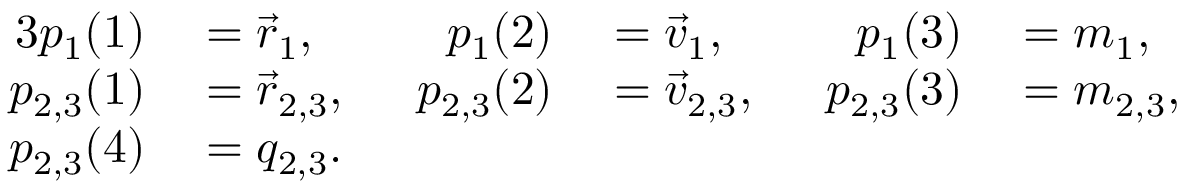
\begin{array} { r l r l r l } { { 3 } p _ { 1 } ( 1 ) } & { { } = \vec { r } _ { 1 } , } & { p _ { 1 } ( 2 ) } & { { } = \vec { v } _ { 1 } , } & { p _ { 1 } ( 3 ) } & { { } = m _ { 1 } , } \\ { p _ { 2 , 3 } ( 1 ) } & { { } = \vec { r } _ { 2 , 3 } , \; \; } & { p _ { 2 , 3 } ( 2 ) } & { { } = \vec { v } _ { 2 , 3 } , \; \; } & { p _ { 2 , 3 } ( 3 ) } & { { } = m _ { 2 , 3 } , } \\ { p _ { 2 , 3 } ( 4 ) } & { { } = q _ { 2 , 3 } . } \end{array}